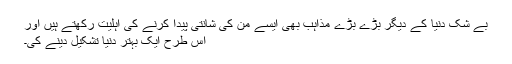
بے شک دنیا کے دیگر بڑے بڑے مذاہب بھی ایسے من کی شانتی پیدا کرنے کی اہلیت رکھتے ہیں اور
اس طرح ایک بہتر دنیا تشکیل دینے کی۔